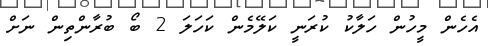
އެހެން މީހުން ހަލާކު ކުރަނީ ކަލޭމެން ކަހަލަ 2 ބޯ ބުރާންތިން ނަށް